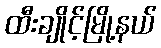
ထီးချိုင့်မြို့နယ်